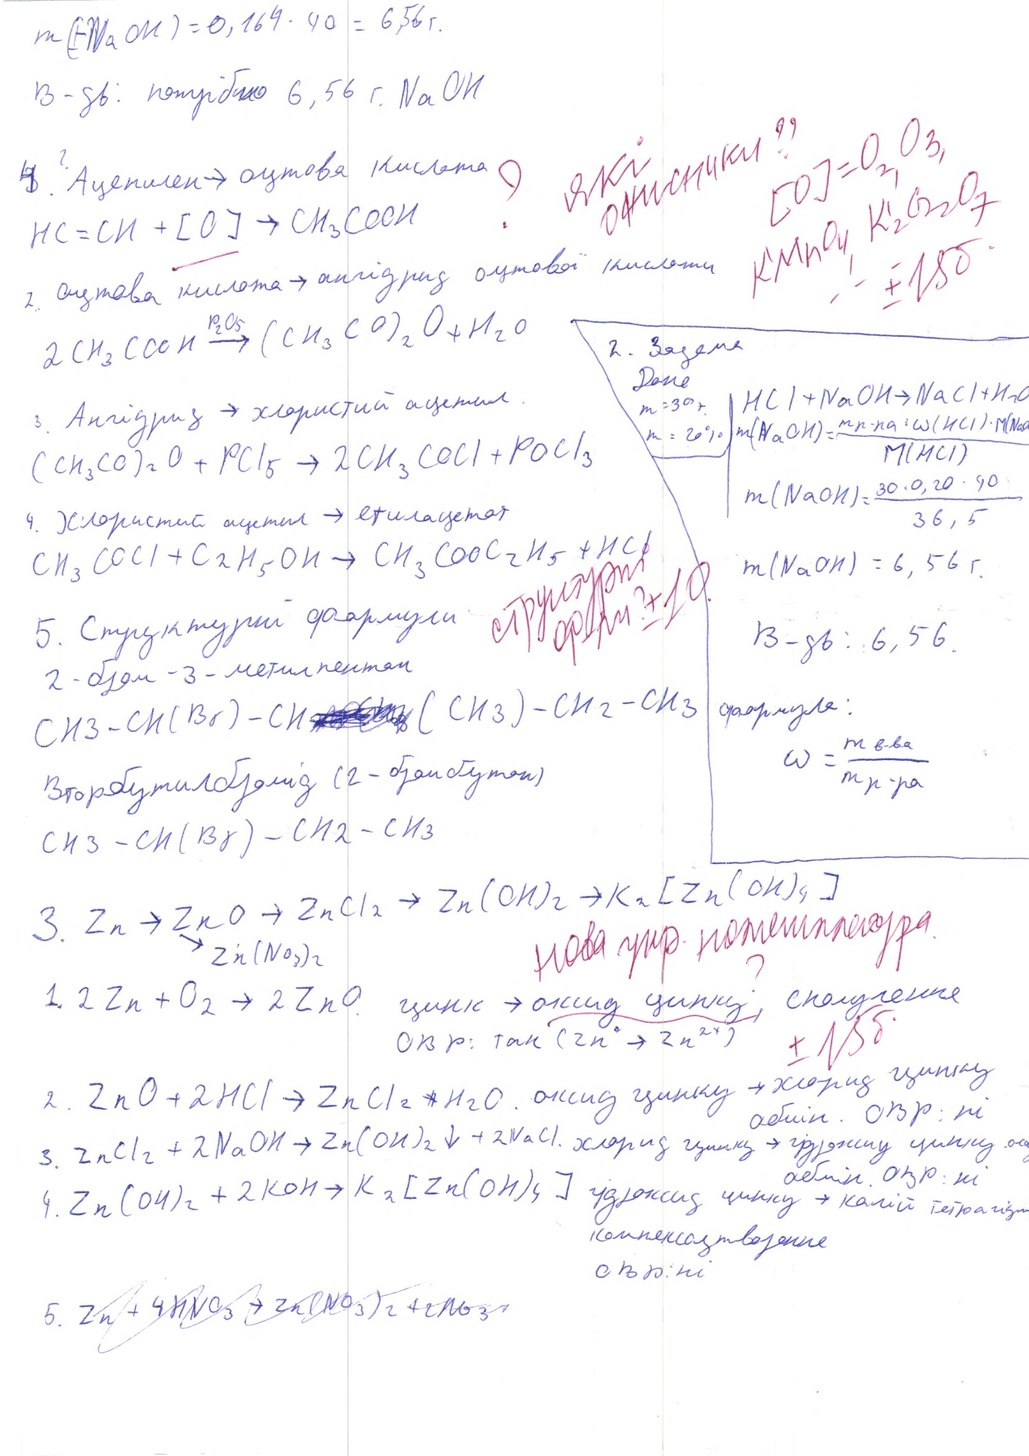
m(-NaOH) = 0,164 · 40 = 6,56г.
В-дь: потрібно 6,56 г. NaOH
які окисники ?? [O]=O2, O3, KMnO4, K2Cr2O7 +/- 15б
4.? Ацетилен -> оцтова киселина
?
HC=CH + [O] -> CH_3COOH
2. оцтова кислота → ангідрид оцтової
2 CH3COOH P2O5 -> (CH3CO)2O + H2O
2 Задача
Дано
HCl + NaOH → NaCl + H2O
3. Ангідрид→ хлористий ацетил
m = 30 г
m(NaOH) = (m р-ну * ω(HCl) * M(NaOH)) / M(HCl)
ω = 20%
(CH3CO)2O + PCl5 -> 2CH3COCl + POCl3
m(NaOH) = (30 * 0,20 * 40) / 36,5
4. хлористий ацетил → етилацетат
CH3COCl + C2H5OH → CH3COOC2H5 + HCl
m(NaOH)=6,56г.
структурн. ф-ли. ? ± 10.
5. Структурні формули
B-дь: 6, 56.
2-бром-3-метилпентан
формула:
CH3-CH(Br)-CH[illegible](CH3)-CH2-CH3
\omega = \frac{m_{b-ba}}{m_{p-pa}}
Вторбутилбутид (2-бромбутан)
CH3 - CH(Br) - CH2 - CH3
3. Zn → ZnO → ZnCl2 → Zn(OH)2 → K2[Zn(OH)4] ↘ Zn(NO3)2
нова укр. номенклатура?
1. 2 Zn + O2 → 2 ZnO цинк → оксид цинку, сполучення
± 15 б.
ОВР: так ( 2n→2n^2х)
2. ZnO + 2HCl → ZnCl2 + H2O. оксид цинку → хлорид цинку обмін. ОВР: ні
3. ZnCl2 + 2NaOH → Zn(OH)2 ↓ + 2NaCl. хлорид цинку → гідроліз цинку. од обмін ОВР:ні
4. Zn(OH)2 + 2KOH -> K2[Zn(OH)4]
гідроксид цинку → калій титрогід
комплексоутворення
ОВР:ні
5 Zn + 4HNO_3 -> Zn(NO_3)_2 + 2NO_3